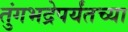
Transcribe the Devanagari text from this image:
तुंगभद्रेपर्यंतच्या